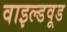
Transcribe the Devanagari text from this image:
वाइल्डवूड